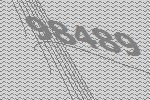
98489